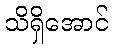
သိရှိအောင်